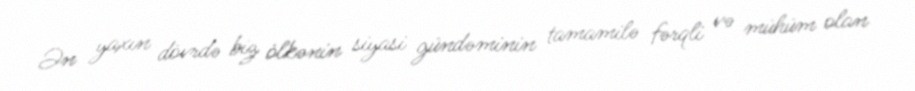
Ən yaxın dövrdə biz ölkənin siyasi gündəminin tamamilə fərqli və mühüm olan